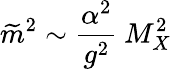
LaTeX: \widetilde{m}^{2}\sim{\frac{\alpha^{2}}{g^{2}}}\: M_{X}^{2}